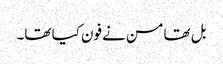
بل تھامسن نے فون کیا تھا۔